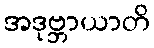
အဒုဗ္ဘာယာတိ